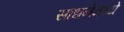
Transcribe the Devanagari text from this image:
साधनेमध्ये